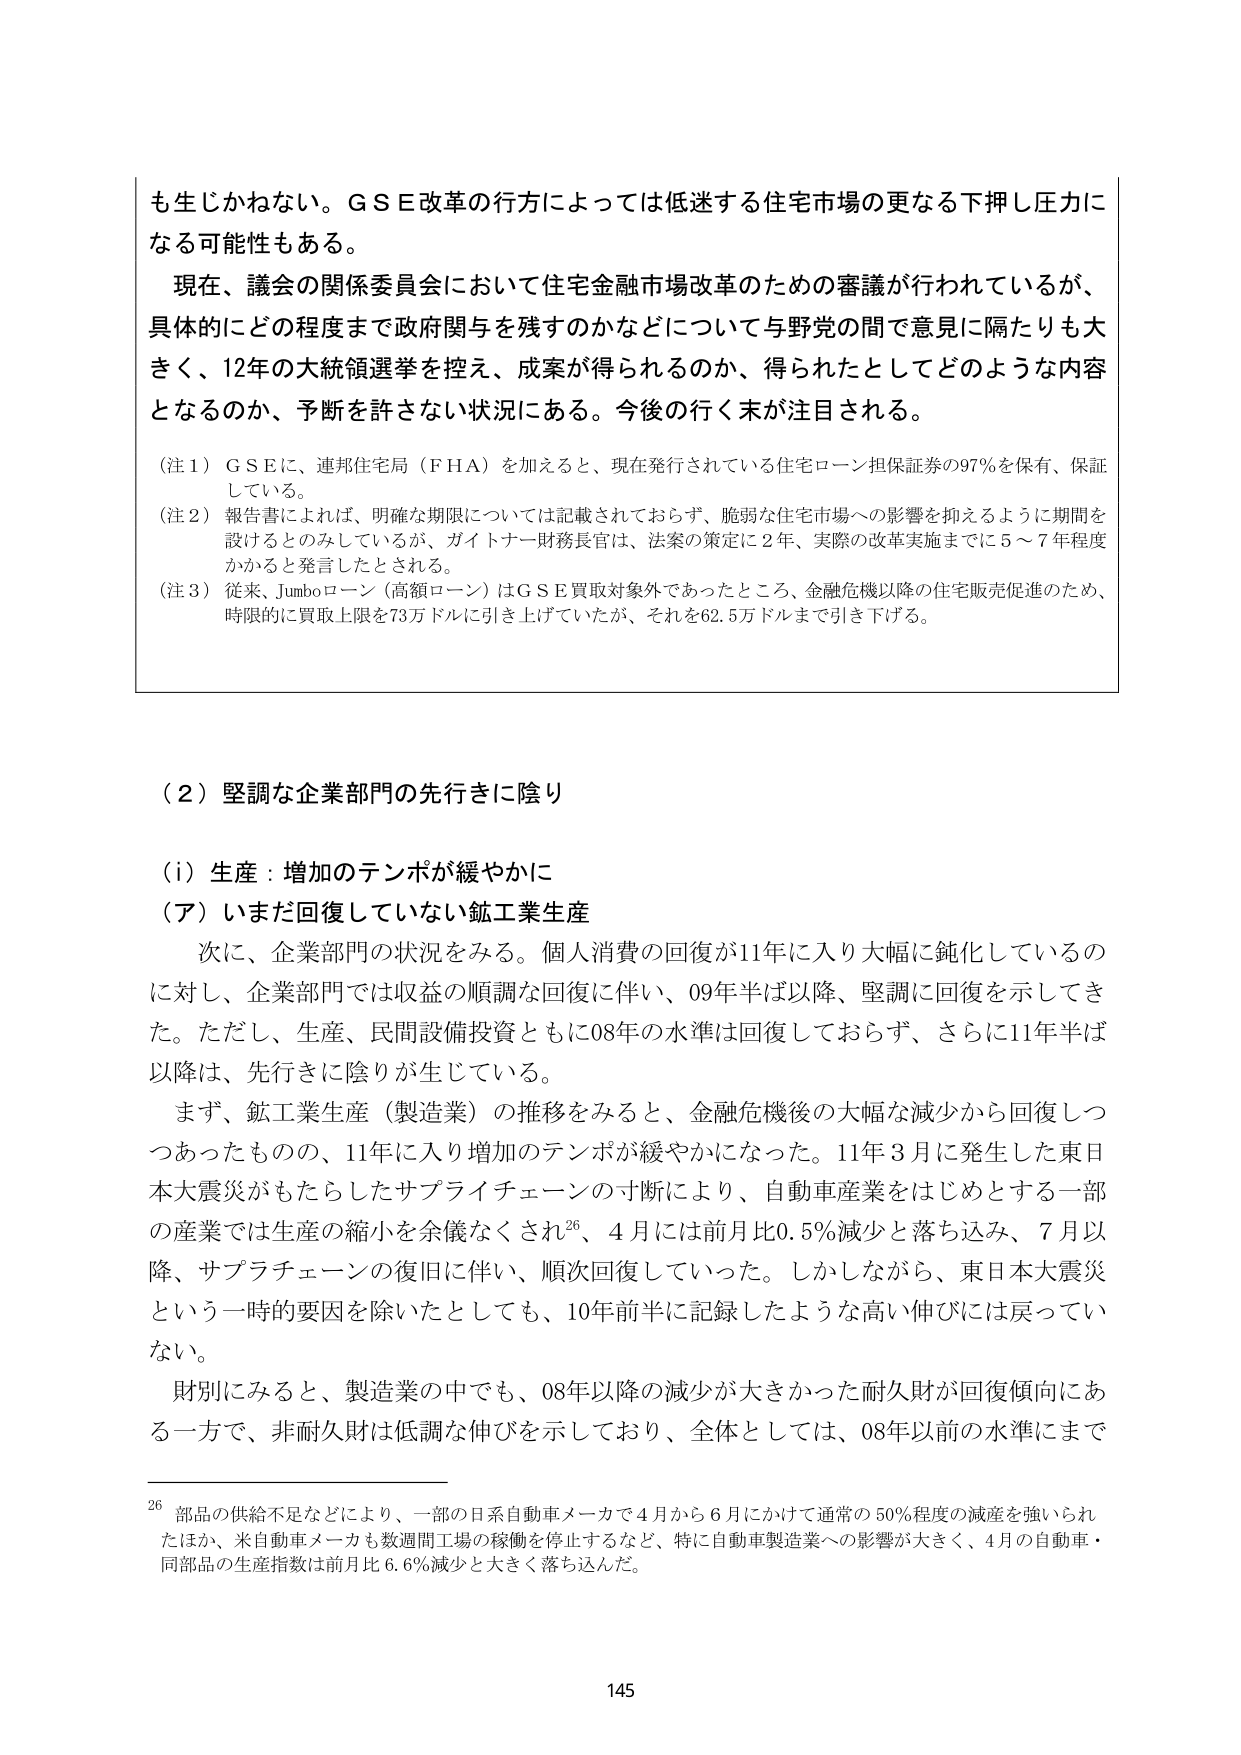
も生じかねない。ＧＳＥ改革の行方によっては低迷する住宅市場の更なる下押し圧力になる可能性もある。

現在、議会の関係委員会において住宅金融市場改革のための審議が行われているが、具体的にどの程度まで政府関与を残すのかなどについて与野党の間で意見に隔たりも大きく、12年の大統領選挙を控え、成案が得られるのか、得られたとしてどのような内容となるのか、予断を許さない状況にある。今後の行く末が注目される。

（注１）ＧＳＥに、連邦住宅局（ＦＨＡ）を加えると、現在発行されている住宅ローン担保証券の97％を保有、保証している。

（注２）報告書によれば、明確な期限については記載されておらず、脆弱な住宅市場への影響を抑えるように期間を設けるとのみしているが、ゲイトナー財務長官は、法案の策定に２年、実際の改革実施までに５～７年程度かかると発言したとされる。

（注３）従来、Ｊｕｍｂｏローン（高額ローン）はＧＳＥ買取対象外であったところ、金融危機以降の住宅販売促進のため、時限的に買取上限を73万ドルに引き上げていたが、それを62.5万ドルまで引き下げる。

（２）堅調な企業部門の先行きに陰り

（ｉ）生産：増加のテンポが緩やかに

（ア）いまだ回復していない鉱工業生産

次に、企業部門の状況をみる。個人消費の回復が11年に入り大幅に鈍化しているのに対し、企業部門では収益の順調な回復に伴い、09年半ば以降、堅調に回復を示してきた。ただし、生産、民間設備投資ともに08年の水準は回復しておらず、さらに11年半ば以降は、先行きに陰りが生じている。

まず、鉱工業生産（製造業）の推移をみると、金融危機後の大幅な減少から回復しつつあったものの、11年に入り増加のテンポが緩やかになった。11年３月に発生した東日本大震災がもたらしたサプライチェーンの寸断により、自動車産業をはじめとする一部の産業では生産の縮小を余儀なくされ26、４月には前月比0.5％減少と落ち込み、７月以降、サプライチェーンの復旧に伴い、順次回復していった。しかしながら、東日本大震災という一時的要因を除いたとしても、10年前半に記録したような高い伸びには戻っていない。

財別にみると、製造業の中でも、08年以降の減少が大きかった耐久財が回復傾向にある一方で、非耐久財は低調な伸びを示しており、全体としては、08年以前の水準にまで

26 部品の供給不足などにより、一部の日系自動車メーカーで４月から６月にかけて通常の50％程度の減産を強いられたほか、米自動車メーカーも数週間工場の稼働を停止するなど、特に自動車製造業への影響が大きく、４月の自動車・同部品の生産指数は前月比6.6％減少と大きく落ち込んだ。

145